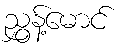
ညွှန့်မောင်